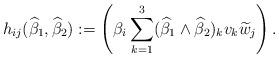
LaTeX: \begin{align*}h_{ij}(\widehat{\beta}_1,\widehat{\beta}_2):=\left(\beta_i\sum_{k=1}^3(\widehat{\beta}_1\wedge\widehat{\beta}_2)_kv_k\widetilde{w}_j\right).\end{align*}